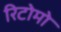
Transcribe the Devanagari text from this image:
रिटोमो